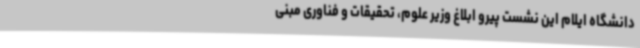
دانشگاه ایلام این نشست پیرو ابلاغ وزیر علوم، تحقیقات و فناوری مبنی